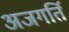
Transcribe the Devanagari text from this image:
अजगर्ति